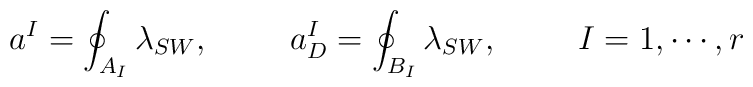
a^{I}=\oint_{A_{I}}\lambda_{SW}, \hskip10mm a_{D}^{I}=\oint_{B_{I}}\lambda_{SW}, \hskip10mm  I=1, \cdots , r